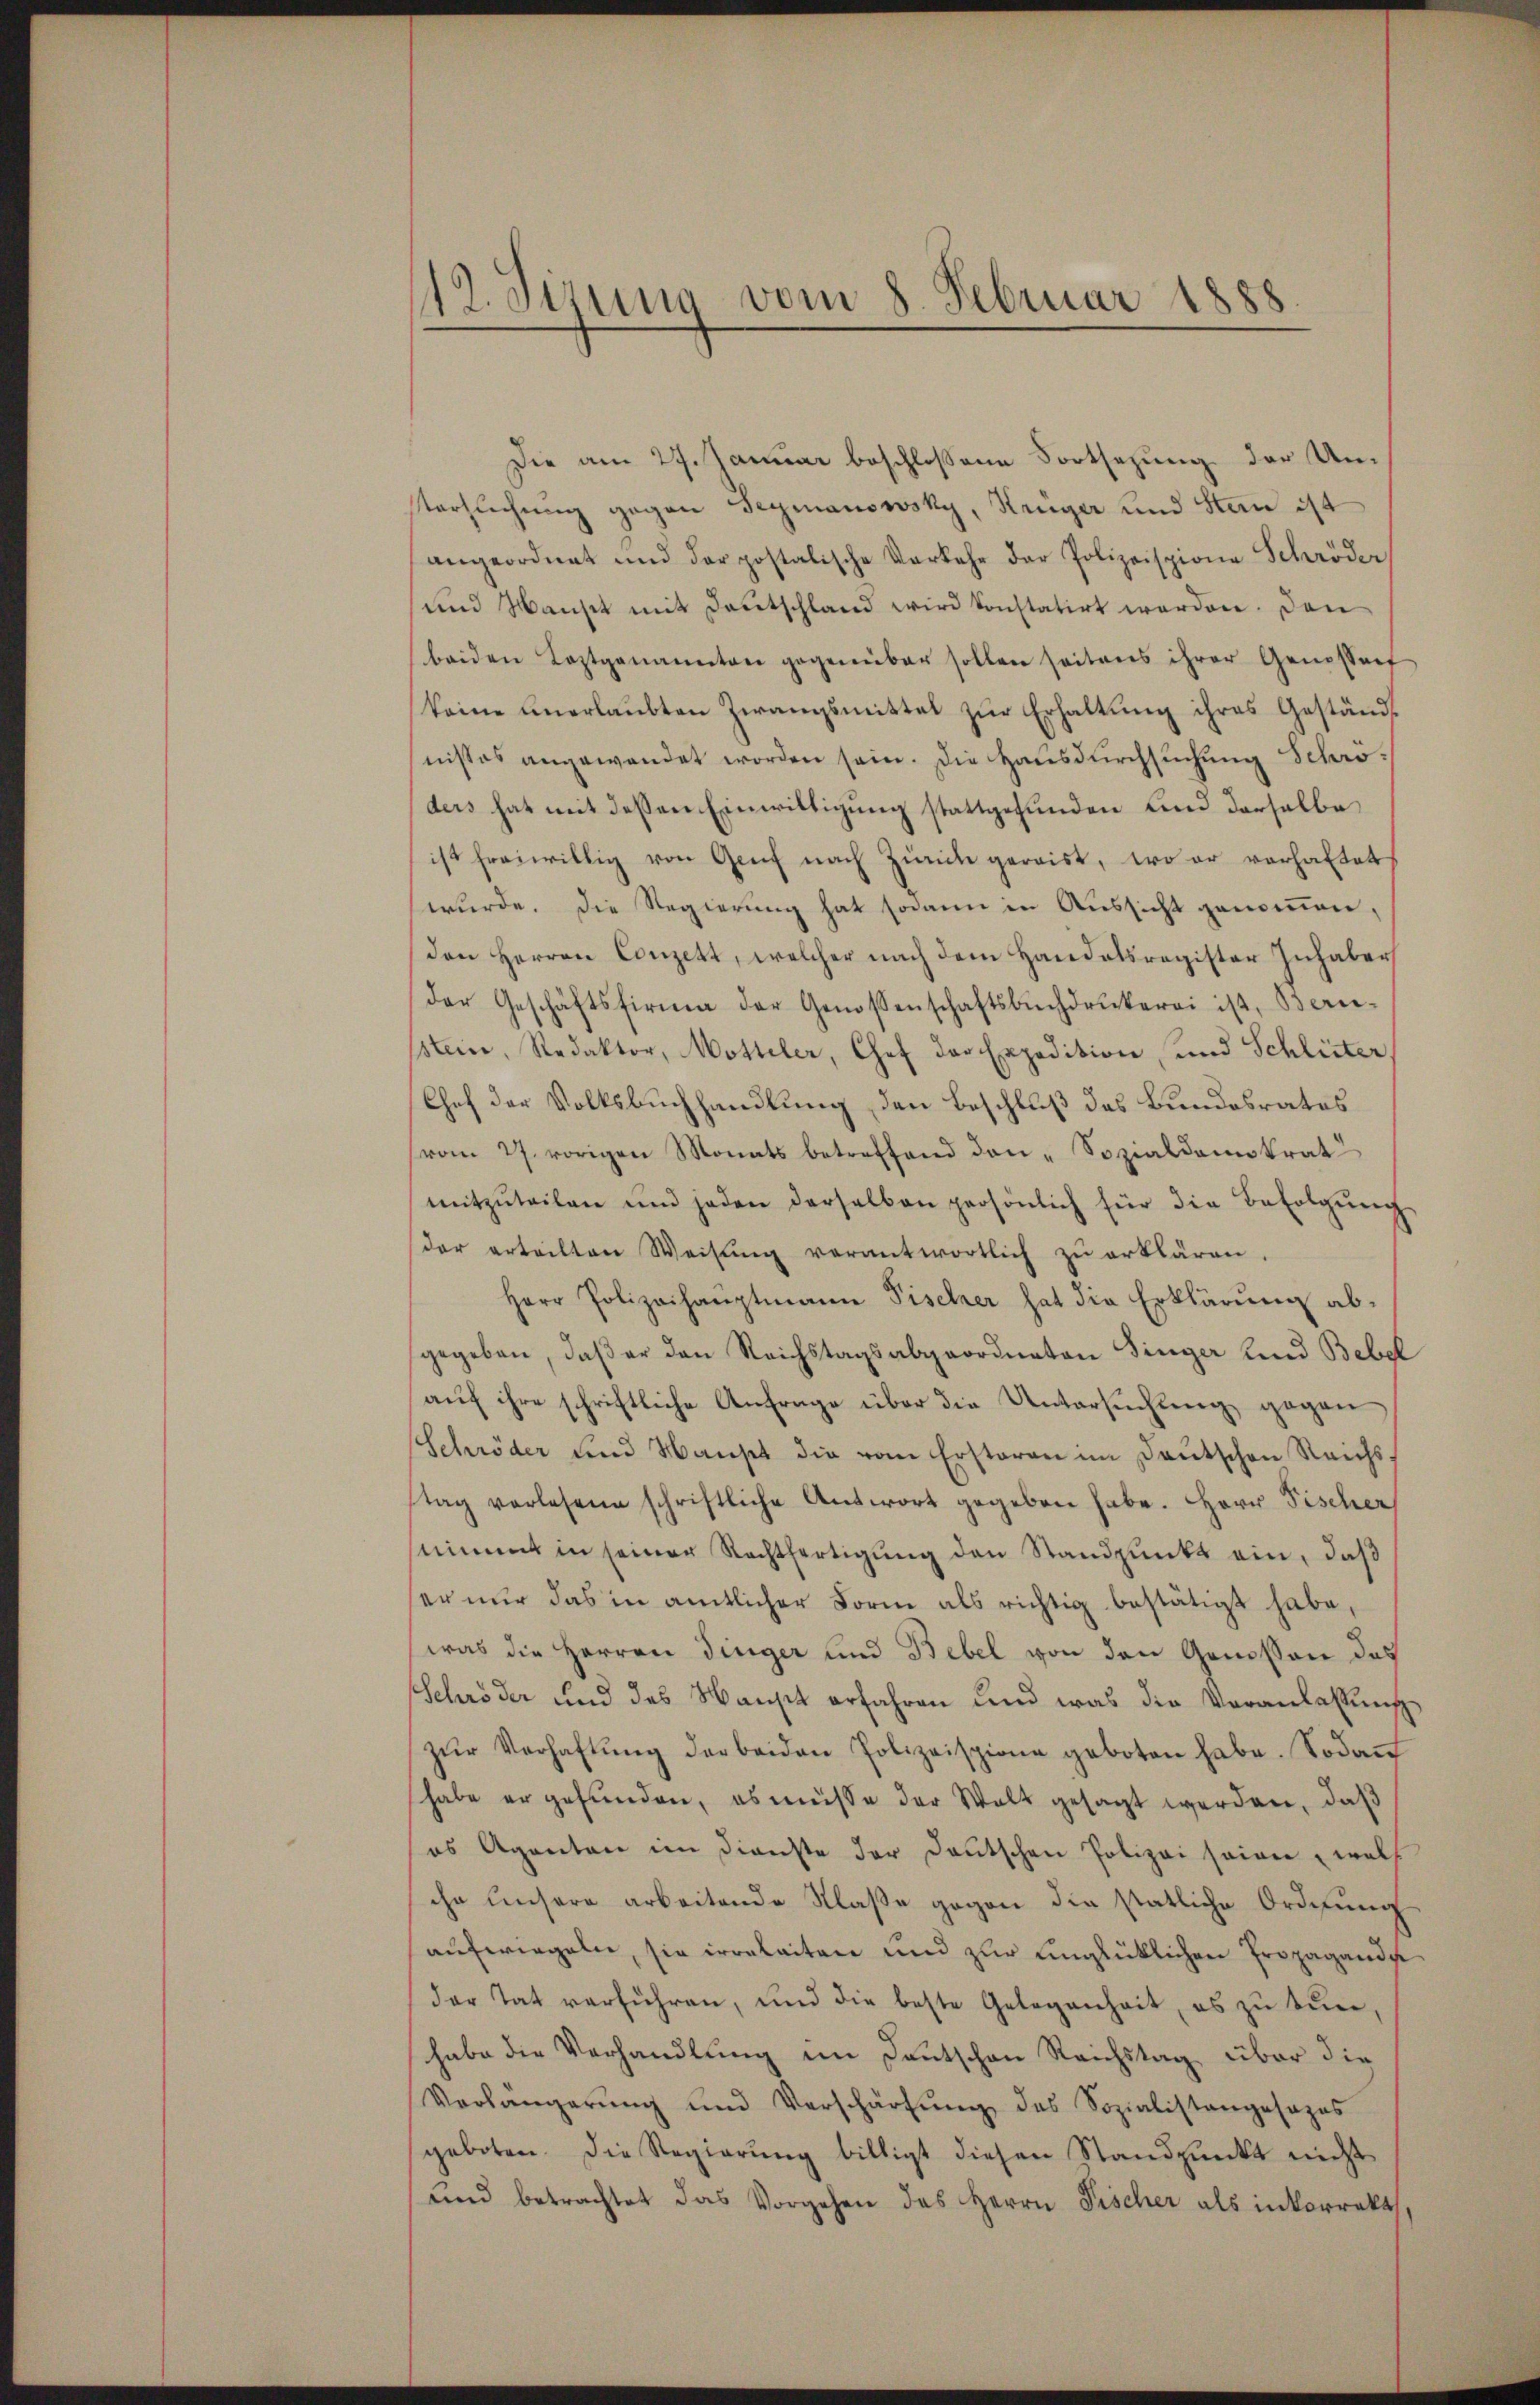
112. Sirung vom 8. Februar 1888

Die am 27. Januar beschlossene Fortsezung der Untortlichung gegen Segmanowsky, Krüger und Stan ist
angeordnet und der postalische Verkehr der Polizeispione Schröder
und Wanst mit Deutschland wird konstatirt werden. Den
beiden Leztgenannten gegenüber sollen seitens ihrer Genessert
keine unerlaŭbten Zwangsmittel zŭr Erhaltŭng ihres Geständ-
nisses angewendet worden sein. Die Hausdurchsuchung Schröders hat mit dessen Einwilligung stattgefunden und derselbe
ist freiwillig von Genf nach Zürich gereist, wo er vorhaftet
wŭrde. Die Regierŭng hat sodann in Aŭssicht genoṁen.
den Herren Conzett, welcher nach dem Handelsregister Inhaber
Der Geschäftsfirma der Genossenschaftsbŭchdrukerei ist, Bern-
stein, Redaktor, Motteler, Chef der Expedition und Schlitter
Chef der Volksbuchhandlung den Beschluß des Bundesrates
vom 27. vorigen Monats betreffend den „Sozialdemokrat
mitzŭteilen und jeden derselben persönlich für die Befolgŭng
der erteilten Weisŭng verantwortlich zŭ erklären.
Herr Polizeihaŭptmann Fischer hat die Erklärung abgegeben, daβ er den Reichstagsabgeordneten Singer und Bebel
auf ihre schriftliche Anfrage über die Untersuchung gegen
Schröder und Haupt die vom Erstaren im Deutschen Reichs,
stag vorlesene schriftliche Antwort gegeben habe. Herr Fischer
nimmt in seiner Rechtfertigung den Standpunkt ein, daß
ser nur das in amtlicher Form als richtig bestätigt habe,
was die Herren Dinger und Bebel von den Gemisson des
Schröder und des Haust erfahren und was die Veranlassung
zŭr Verhaftŭng der beiden Polizeispione geboten habe. Sodann
habe er gefŭnden, es müsse der Welt gesagt werden, daß
os Agenten im Dienste der Deutschen Polizei seinen , welch
che Unsere arbeitende Klaße gegen die statliche Ordnung
aŭfwiegeln, sie irreleiten und zŭr Unglücklichen Propagandi
der tat verführen, und die beste Gelegenheit, es zu tun,
habe die Verhandlung im Deutschen Reichstag über die
Verlängerŭng und Verschärfŭng des Sozialistangesages
geboten. Die Regierung billigt diesen Standpunkt nicht
und betrachtet das Vorgehen des Herrn Fischer als inkorrekt